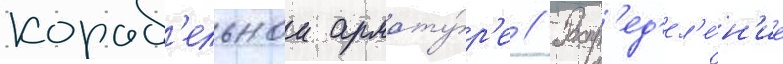
кораб'ельнои армату́р'е // Распр'ед'ел'е́н'ие